Document type: Emphyteutic lease
Year: 1333
Scribe: Berenguer Simó
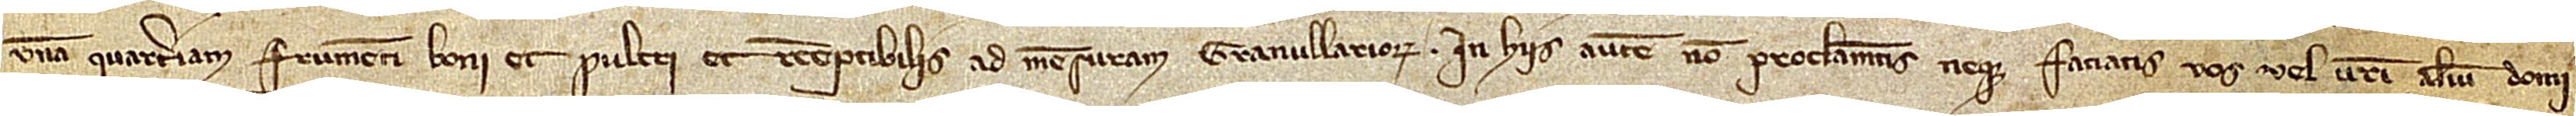
unam quarteriam frumenti boni et pulcri et receptibilis ad mensuram Granullariorum. In hiis autem non proclamentis neque faciatis vos vel vestri alium domi-